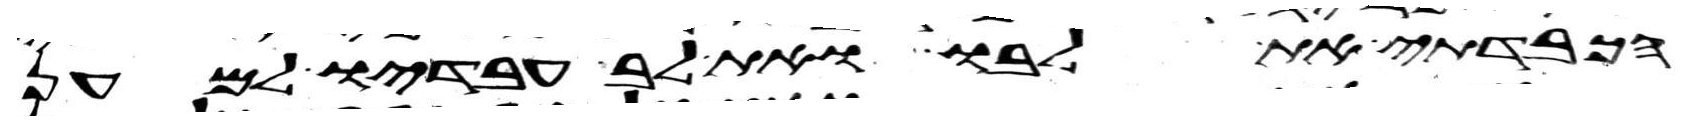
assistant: הכבדתי את לבו ואת לב עבדיו למען